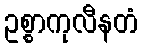
ဥစ္စာကုလီနတံ